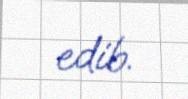
edib.